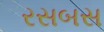
રસબસ